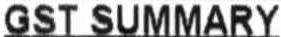
GST SUMMARY